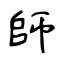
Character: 師